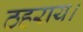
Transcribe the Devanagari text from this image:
ठहराय।